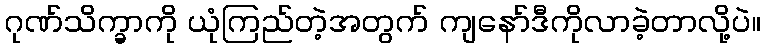
ဂုဏ်သိက္ခာကို ယုံကြည်တဲ့အတွက် ကျနော်ဒီကိုလာခဲ့တာလို့ပဲ။